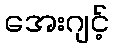
အေးဂျင့်